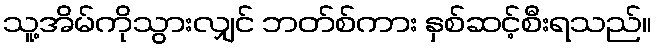
သူ့အိမ်ကိုသွားလျှင် ဘတ်စ်ကား နှစ်ဆင့်စီးရသည်။